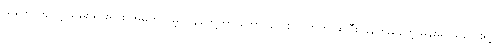
သဘောကျလို့ သိမ်းထားရင်း အမှတ်တမဲ့ ပြန်တွေ့တာ ကောင်လေး လက်ကို ဆွဲပြီး ခုန်ကူးနေတဲ့ မိန်းမငယ်လေးရဲ့